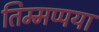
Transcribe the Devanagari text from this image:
तिम्मप्पया